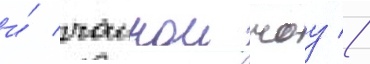
и́ чаинои чоу //